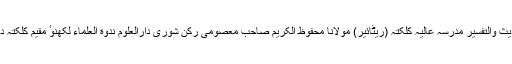
بہار کے ایک اور محدث شیخ الحدیث والتفسیر مدرسہ عالیہ کلکتہ (ریٹائیر) مولانا محفوظ الکریم صاحب معصومی رکن شوریٰ دارالعلوم ندوة العلماء لکھنوٴ مقیم کلکتہ دامت برکاتہم کے پاس موجود ہے۔